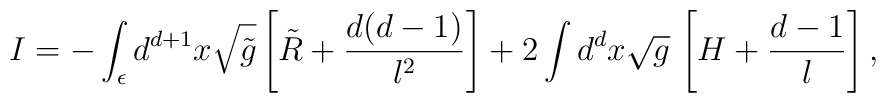
I = - \int_\epsilon d^{d+1}x \sqrt{\tilde g} \left[\tilde R  +\frac{d(d-1)}{l^2} \right]  + 2 \int d^dx \sqrt{g}\, \left[H+\frac{d-1}l\right],